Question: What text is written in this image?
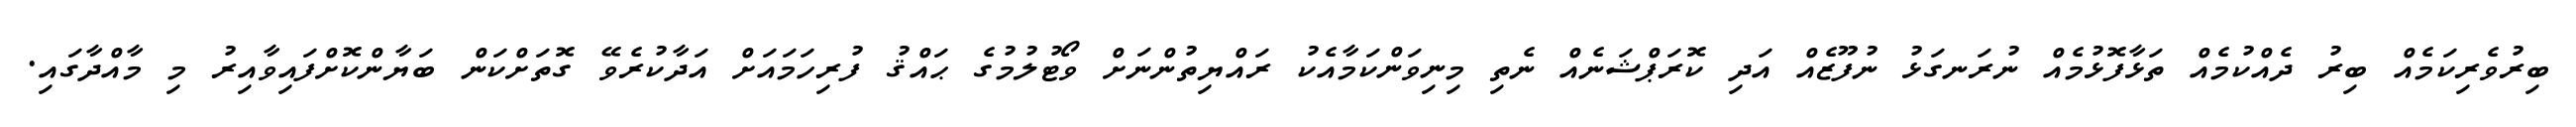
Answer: ބިރުވެރިކަމެއް ބިރު ދެއްކުމެއް ތަޅާފޮޅުމެއް ނުރަނގަޅު ނުފޫޒެއް އަދި ކޮރަޕްޝަނެއް ނެތި މިނިވަންކަމާއެކު ރައްޔިތުންނަށް ވޯޓުލުމުގެ ޙައްޤު ފުރިހަމައަށް އަދާކުރެވޭ ގޮތަށްކަން ބަޔާންކޮށްފައިވާއިރު މި މާއްދާގައި.